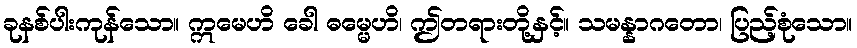
ခုနစ်ပါးကုန်သော။ ဣမေဟိ ခေါ ဓမ္မေဟိ၊ ဤတရားတို့နှင့်။ သမန္နာဂတော၊ ပြည့်စုံသော။